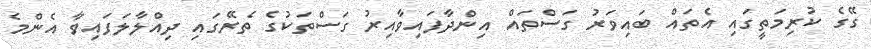
ގޭގެ ކުރިމަތީގައި އެތައް ބައިވަރު ގަސްތައް އިންދާފައިވާއިރު ގަސްތަކުގެ ތެރޭގައި ދިއްލާލަފައިވާ އެންމެ